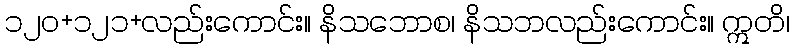
၁၂၀+၁၂၁+လည်းကောင်း။ နိသဘောစ၊ နိသဘလည်းကောင်း။ ဣတိ၊